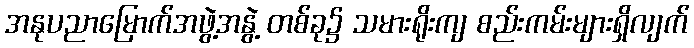
အနုပညာမြောက်အဖွဲ့အနွဲ့ တစ်ခု၌ သမားရိုးကျ စည်းကမ်းများရှိလျက်